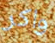
واكر